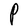
Character: P